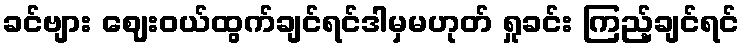
ခင်ဗျား ဈေးဝယ်ထွက်ချင်ရင်ဒါမှမဟုတ် ရှုခင်း ကြည့်ချင်ရင်